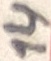
Text: 14